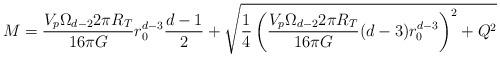
LaTeX: \begin{align*}M = \frac{V_p \Omega_{d-2} 2\pi R_T}{16 \pi G}r_0^{d-3} \frac{d-1}{2}+ \sqrt{ \frac{1}{4} \left( \frac{V_p \Omega_{d-2} 2\pi R_T}{16 \pi G}(d-3) r_0^{d-3} \right)^2 + Q^2 }\end{align*}